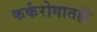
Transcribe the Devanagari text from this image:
कर्करोगातही